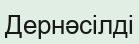
Дернәсілді